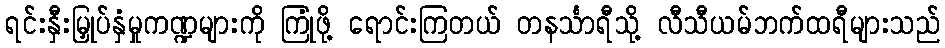
ရင်းနှီးမြှုပ်နှံမှုကဏ္ဍများကို ကြုံဖို့ ရောင်းကြတယ် တနင်္သာရီသို့ လီသီယမ်ဘက်ထရီများသည်